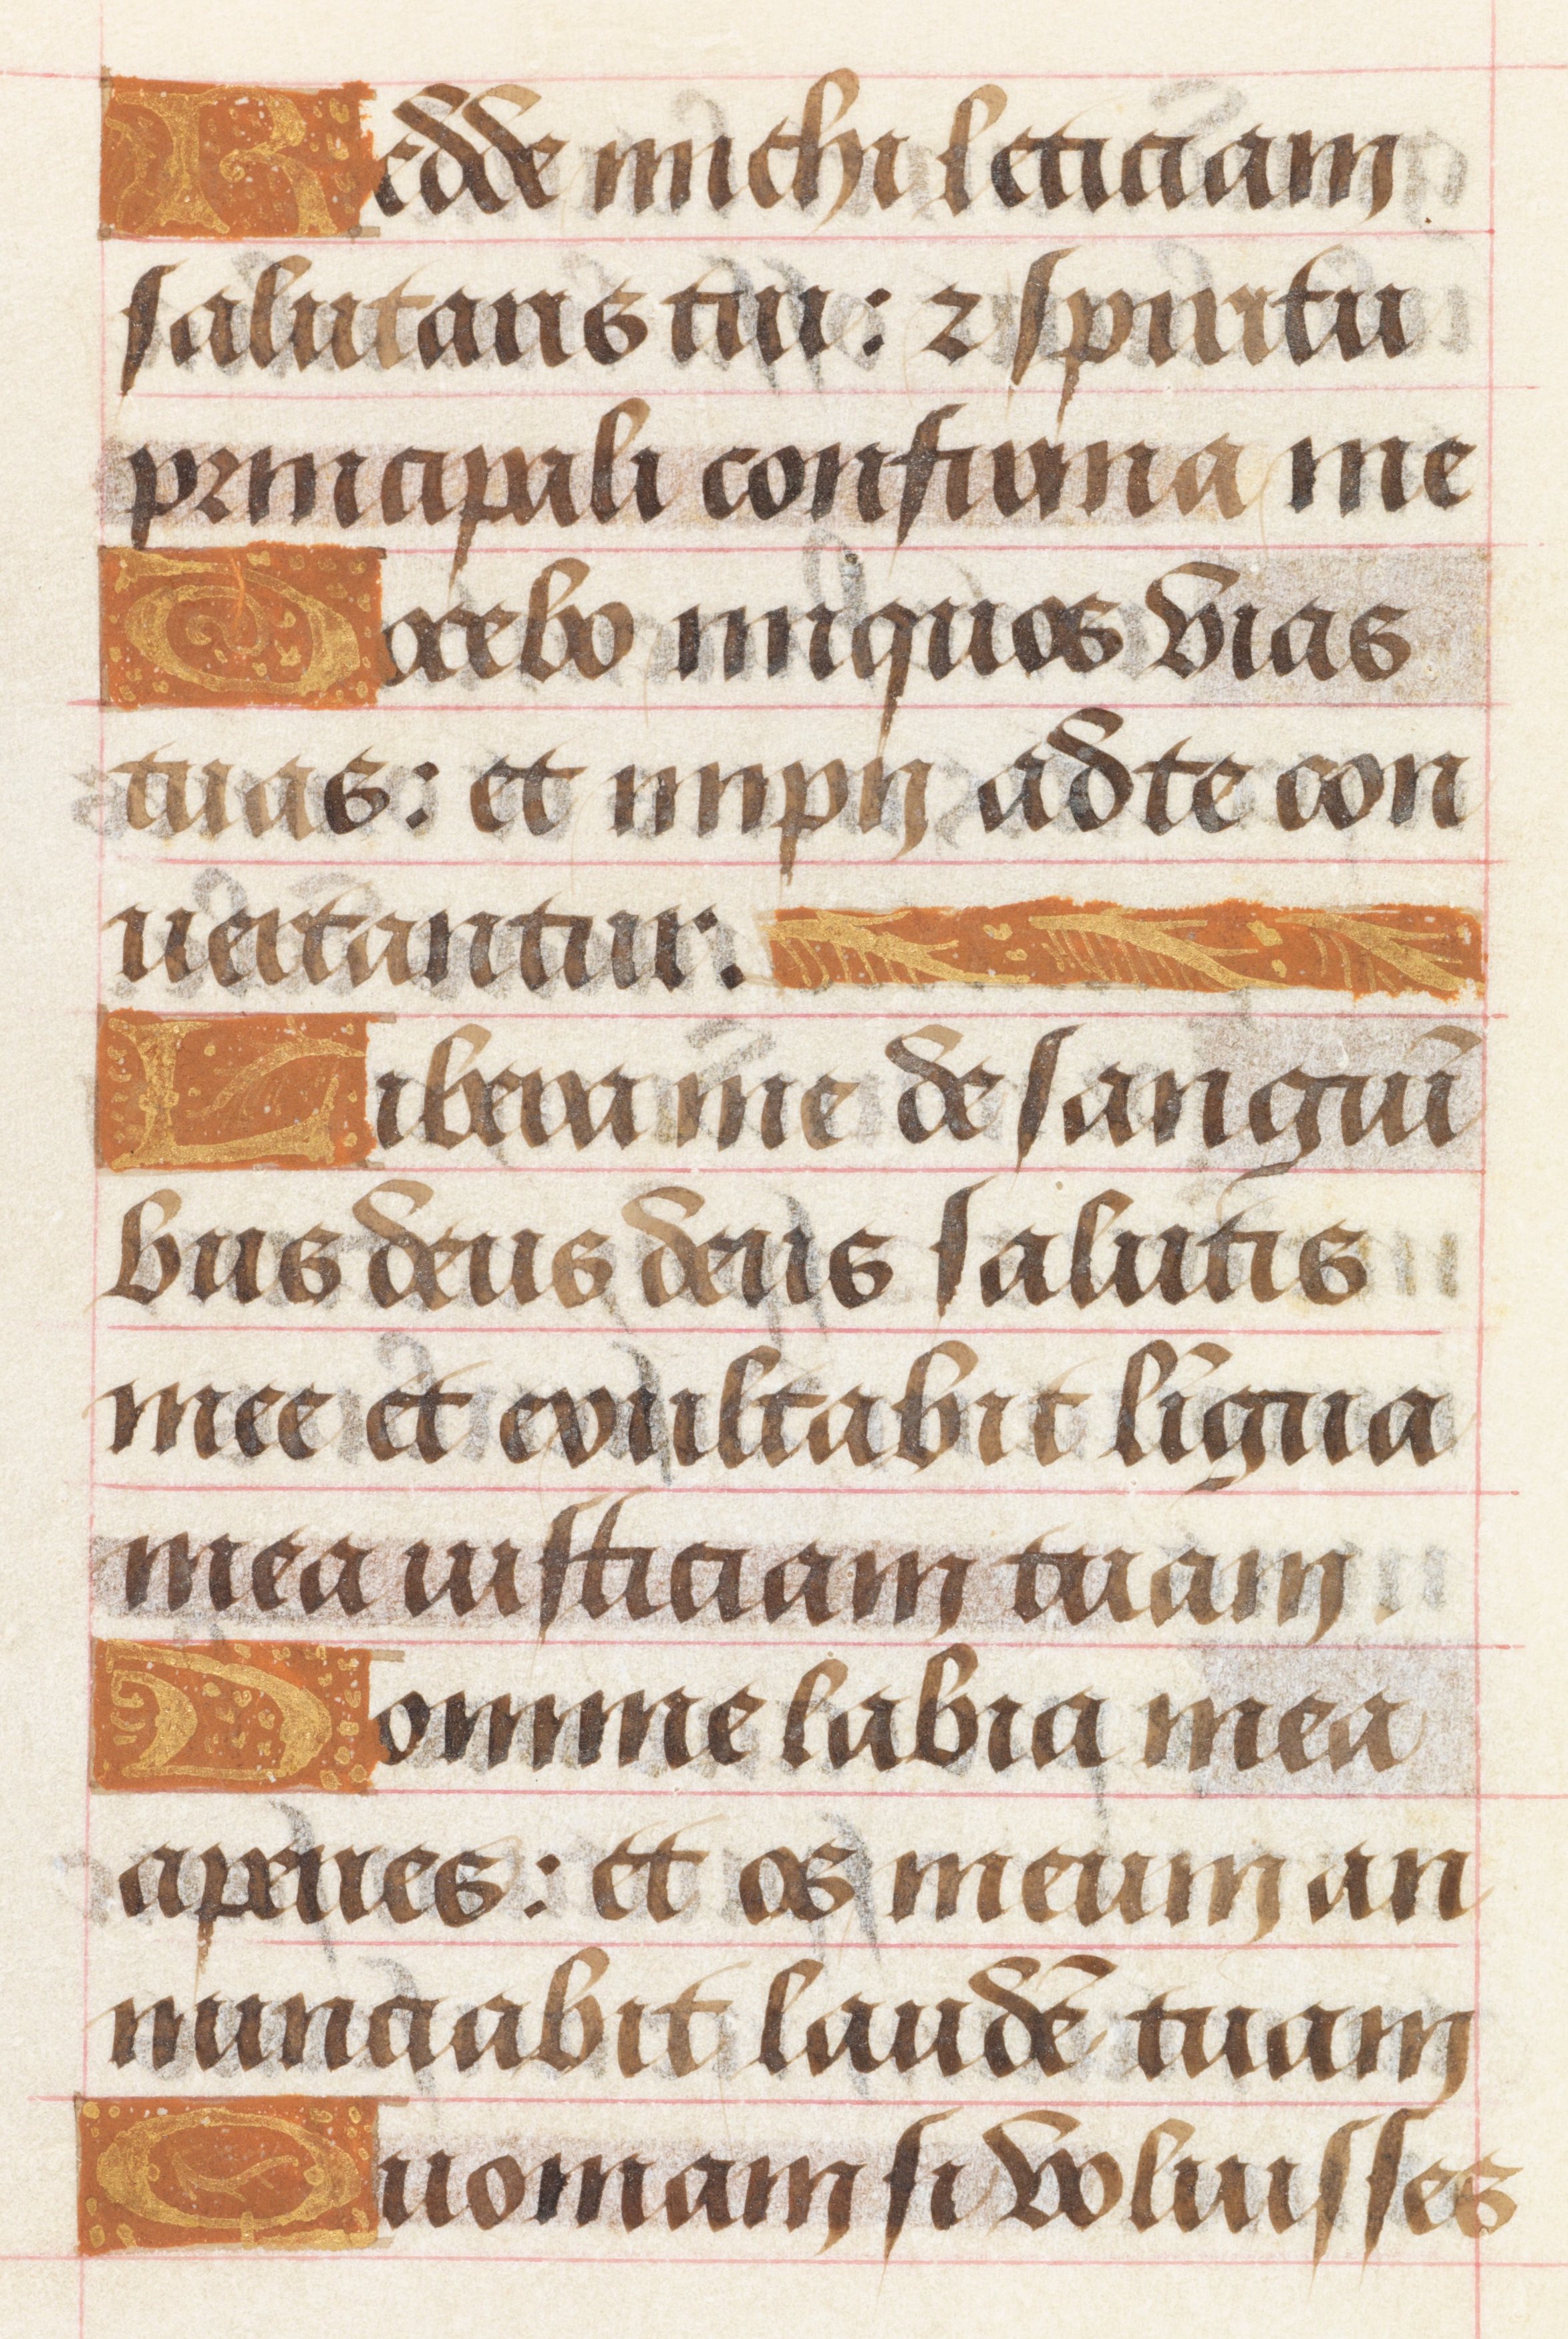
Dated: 1450–1499